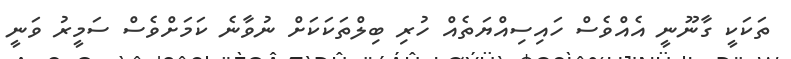
ތަކަކީ ގާނޫނީ އެއްވެސް ހައިސިއްޔަތެއް ހުރި ބިލްތަކަކަށް ނުވާނެ ކަމަށްވެސް ސަމީރު ވަނީ